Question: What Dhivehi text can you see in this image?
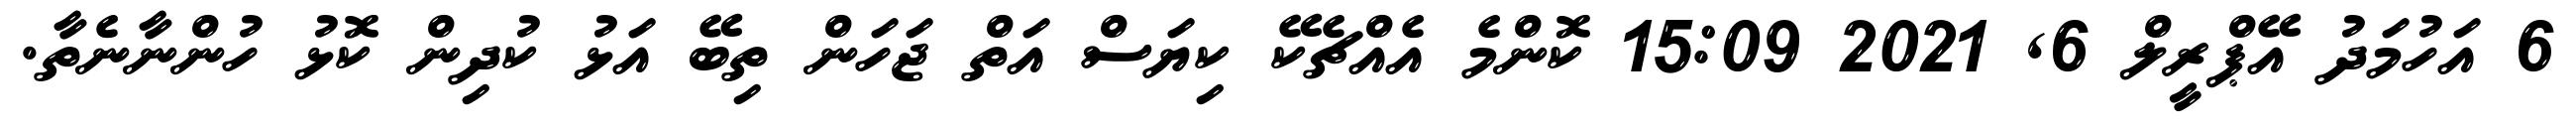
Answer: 6 އަހުމަދު އޭޕްރީލް 6, 2021 15:09 ކޮންމެ އެއްޗެކޭ ކިޔަސް އަތް ޖަހަން ތިބޭ އަޅު ކުދިން ކޮޅު ހުންނާނެތާ.